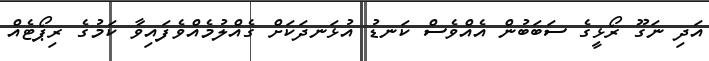
އަދި ނަގޫ ރޯޅީގެ ސަބަބުން އެއްވެސް ކަނޑު އުޅަނދަކަށް ގެއްލުމެއްވެފައިވާ ކަމުގެ ރިޕޯޓެއް